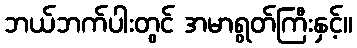
ဘယ်ဘက်ပါးတွင် အမာရွတ်ကြီးနှင့်။